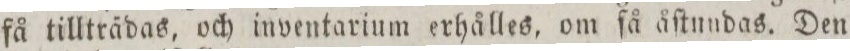
få tillträdas, och inventarium erhålles, om ſå åſtundas. Den